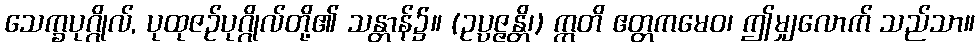
သေက္ခပုဂ္ဂိုလ်, ပုထုဇဉ်ပုဂ္ဂိုလ်တို့၏ သန္တာန်၌။ (ဥပ္ပဇ္ဇန္တိ၊) ဣတိ ဧတ္တကမေဝ၊ ဤမျှလောက် သည်သာ။